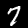
Label: 7